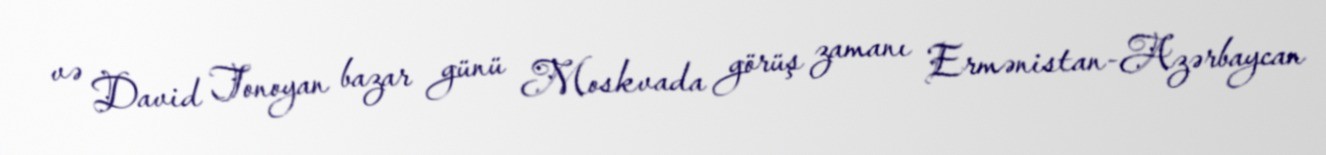
və David Tonoyan bazar günü Moskvada görüş zamanı Ermənistan-Azərbaycan